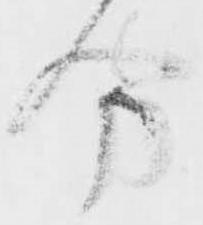
分